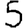
Digit: 5